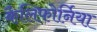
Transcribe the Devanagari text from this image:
कैलिफोर्निया